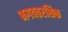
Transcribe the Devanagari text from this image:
भगवतरसिक